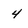
Character: 4